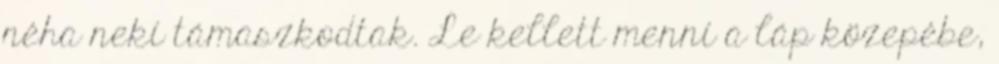
néha neki támaszkodtak. Le kellett menni a láp közepébe,